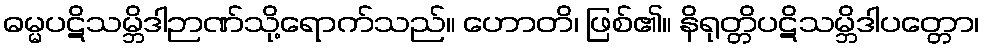
ဓမ္မပဋိသမ္ဘိဒါဉာဏ်သို့ရောက်သည်။ ဟောတိ၊ ဖြစ်၏။ နိရုတ္တိပဋိသမ္ဘိဒါပတ္တော၊